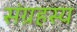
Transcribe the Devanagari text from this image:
संग्रहस्य